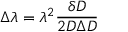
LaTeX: \Delta \lambda = \lambda ^ { 2 } { \frac { \delta D } { 2 D \Delta D } }